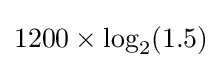
1200\times \log _{2}(1.5)